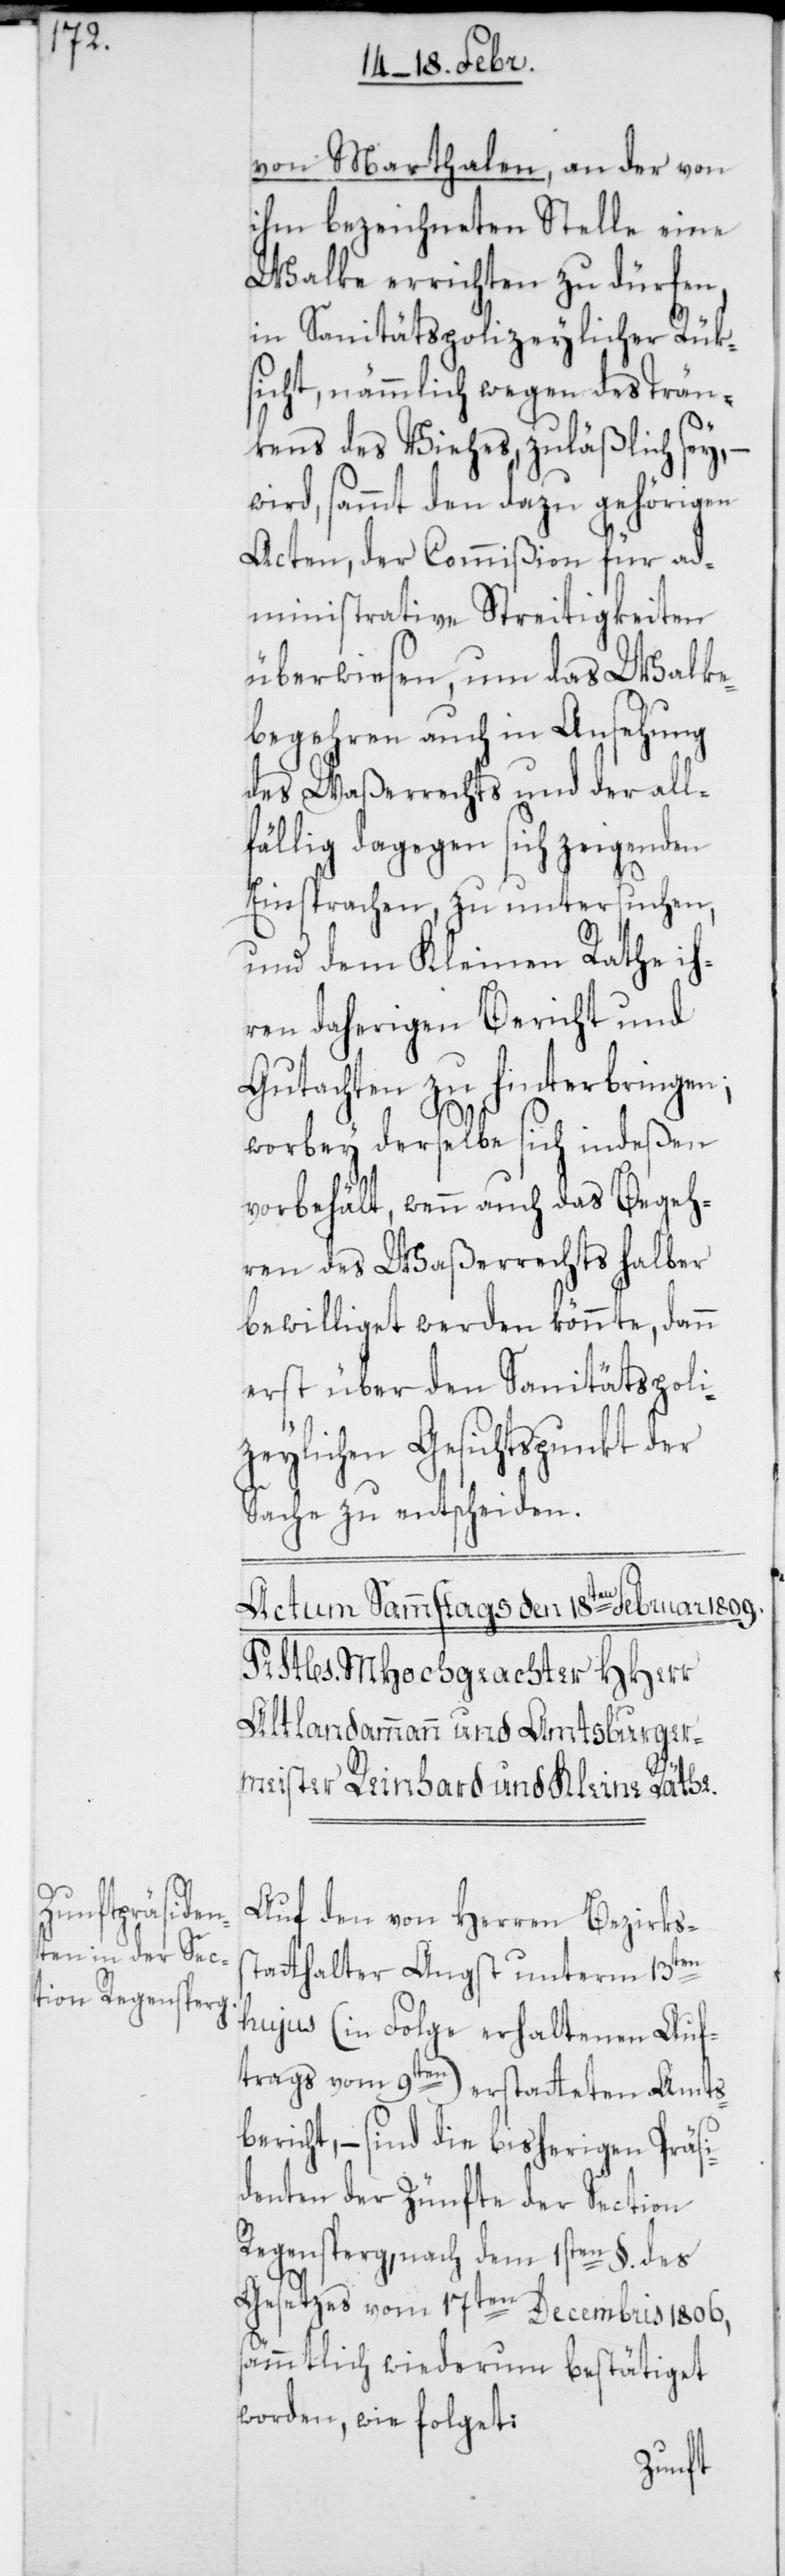
von Marthalen, an der von
ihm bezeichneten Stelle eine
Walke errichten zu dürfen,
in sanitätspolizeylicher Rük¬
sicht, nämmlich wegen des Trän¬
kens des Viehes, zuläßlich sey, –
wird, sammt den dazu gehörigen
Acten, der Commißion für ad¬
ministrative Streitigkeiten
überwiesen, um das Walke¬
begehren auch in Ansehung
des Waßerrechts und der all¬
fählig dagegen sich zeigenden
Einsprachen, zu untersuchen,
und dem Kleinen Rathe ih¬
ren daherigen Bericht und
Gutachten zu hinterbringen;
worbey derselbe sich indeßen
vorbehält, wenn auch das Begeh¬
ren des Waßerrechts halber
bewilliget werden könnte, dann
erst über den Sanitätspoli¬
zeylichen Gesichtspunkt der
Sache zu entscheiden.
Auf den von Herren Bezirkss¬
tatthalter Angst unterm 13ten
hujus (in Folge erhaltenen Auf¬
trags vom 9ten) erstateten Amts¬
bericht, – sind die bisherigen Präsi¬
denten der Zünfte der Section
Regensperg, nach dem 1sten §. des
Gesetzes vom 17ten Decembris 1806,
sämmtlich wiederum bestätiget
worden, wie folget: